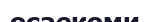
осаекоми